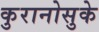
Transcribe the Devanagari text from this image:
कुरानोसुके